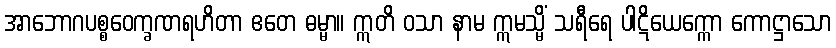
အာဘောဂပစ္စဝေက္ခဏရဟိတာ ဧတေ ဓမ္မာ။ ဣတိ ဝသာ နာမ ဣမသ္မိံ သရီရေ ပါဋိယေက္ကော ကောဋ္ဌာသော